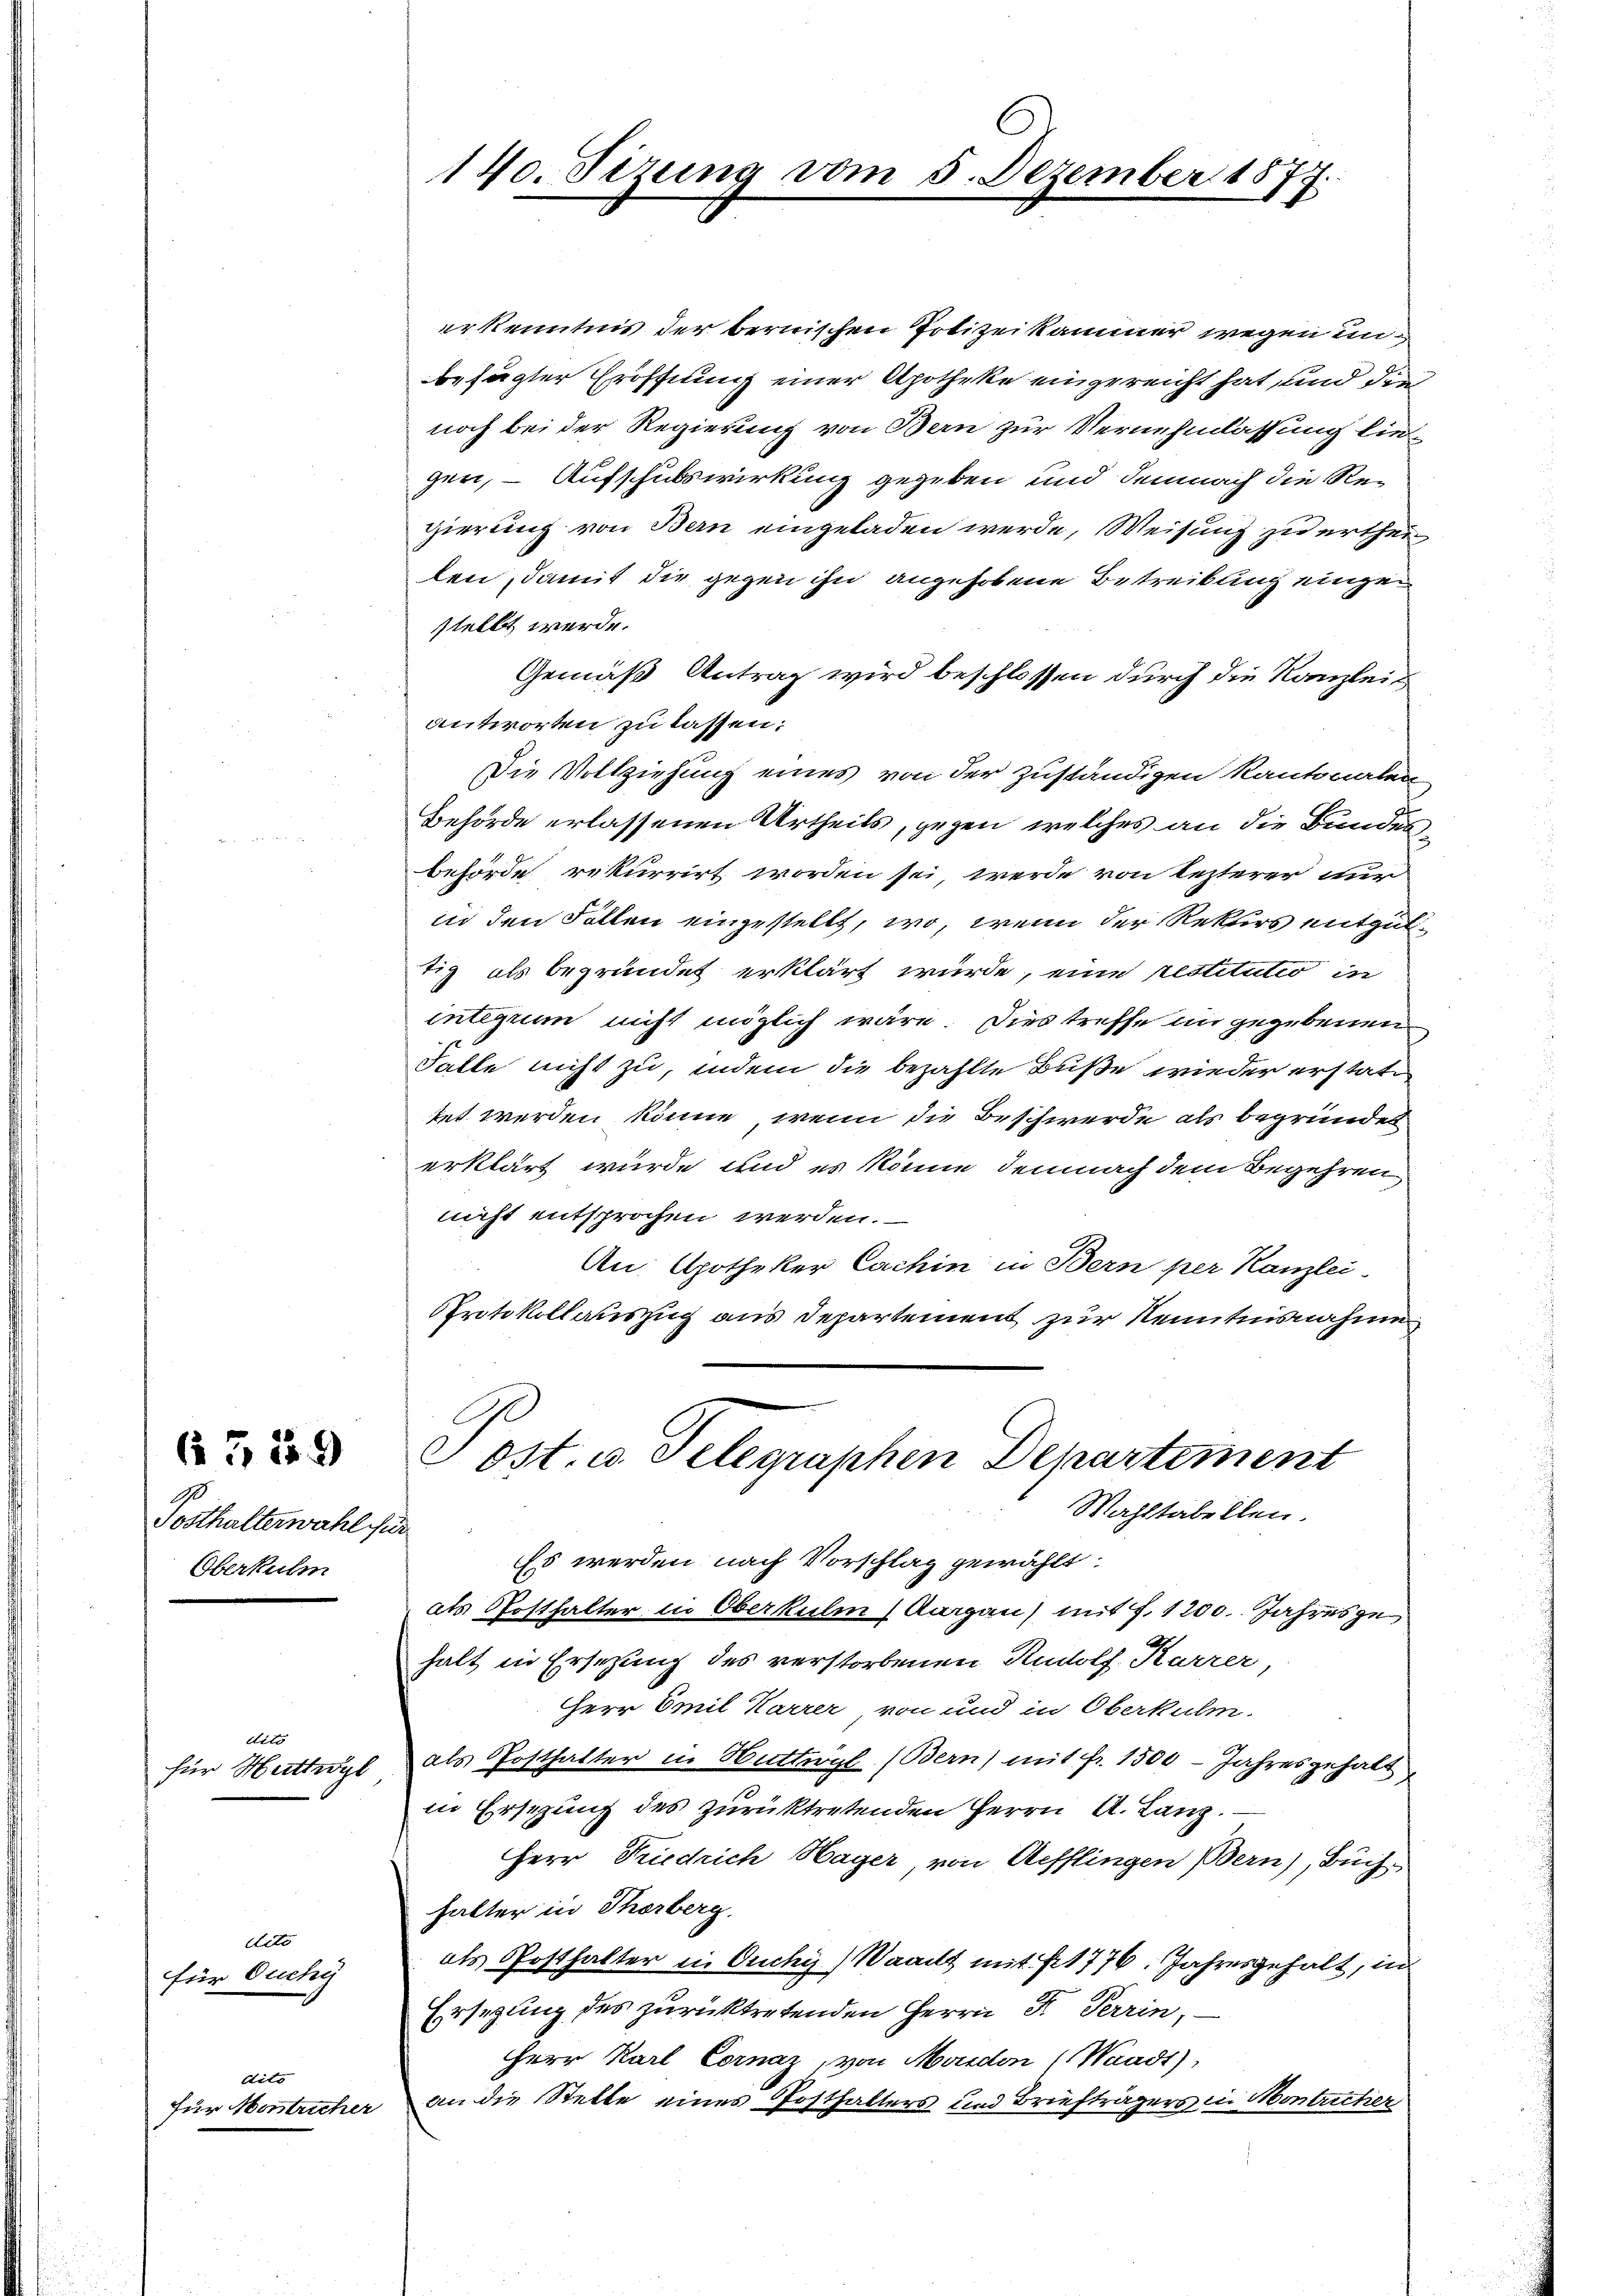
Posthalterwahl für
Oberkulm

Acto
für Herttigt

Acto
für Ouchy

6319

dito
für Montriche

140. Sizung vom 5. Dezember 1877.

erkenntnis der bernischen Polizeikammer wegen unbesagter Eröffnung einer Apotheke eingereicht hat, und die
noch bei der Regierung von Bern zur Vernehmlassung lie
gen, – Aufschubswirkung gegeben und demnach die Re-
gierung von Bern eingeladen werde, Weisung zu ertheilen, damit die gegen ihn angehobene Betreibung einze
stellt werde.
Gemäß Antrag wird beschlossen durch die Kanzleis
antworten zu lassen:
Die Vollziehung eines von der zuständigen Kantonalen
Behörde erlassenen Urtheils, gegen welches an die Bundesbehörde rekurrirt worden sei, werde von lezterer nur
in den Fallen einzustellt, wo, wenn der Rekurs entguttiz als begründet erklärt wurde, eine restitutio in
integrum nicht möglich wäre. Dies treffe in gegebenen
Falle nicht zu, indem die bezahlte Buße wieder erstatt
tet werden könne, wenn die Beschwerde als begründet
erklärt wurde und es könne demnach dem Begehren,
nicht entsprochen werden.
An: Gotheker Cachin in Bern per Kanzlei-
Protokollauszug aus Departement zur Kenntnisnahme
cost. u. Telegraphen Departement
Mahltabellen.
Es werden nach Vorschlag gewählt:
als Posthalter in Oberkulm) Aargau) mit 7. 1200. Jahresze
halt in Ersetzung des verstorbenen Rudolf Karrer,
HHerr Emil Karrer von und in Oberkulm.
 als Posthalter in Huttwyl (Bern) mit fr. 1500 - Jahresgehalt
in Ersezung des zurücktretenden Herrn A. Lanz.
Herr Friedrich Hager, von Aefflingen Bern), Büch-
halter in Thorberg.
als Posthalter in Ouchy) Waadt mit 1776. Jahresgehalt, in
Ersezung des zurücktretenden Herrn P. Terrin,
Herr Karl Cornaz, von Moudon (Waadt),
an die Stelle eines Posthalters und Briefträgers in Montucher
4